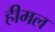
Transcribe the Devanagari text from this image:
हीमल